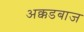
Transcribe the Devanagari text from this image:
अक्कडबाज